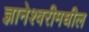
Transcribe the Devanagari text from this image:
ज्ञानेश्वरीमधील